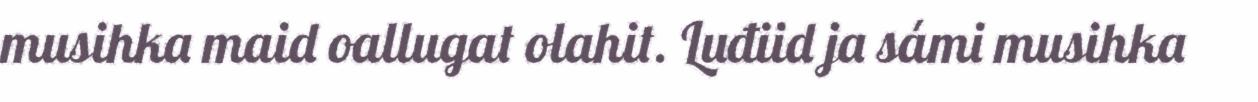
musihka maid oallugat olahit. Luđiid ja sámi musihka